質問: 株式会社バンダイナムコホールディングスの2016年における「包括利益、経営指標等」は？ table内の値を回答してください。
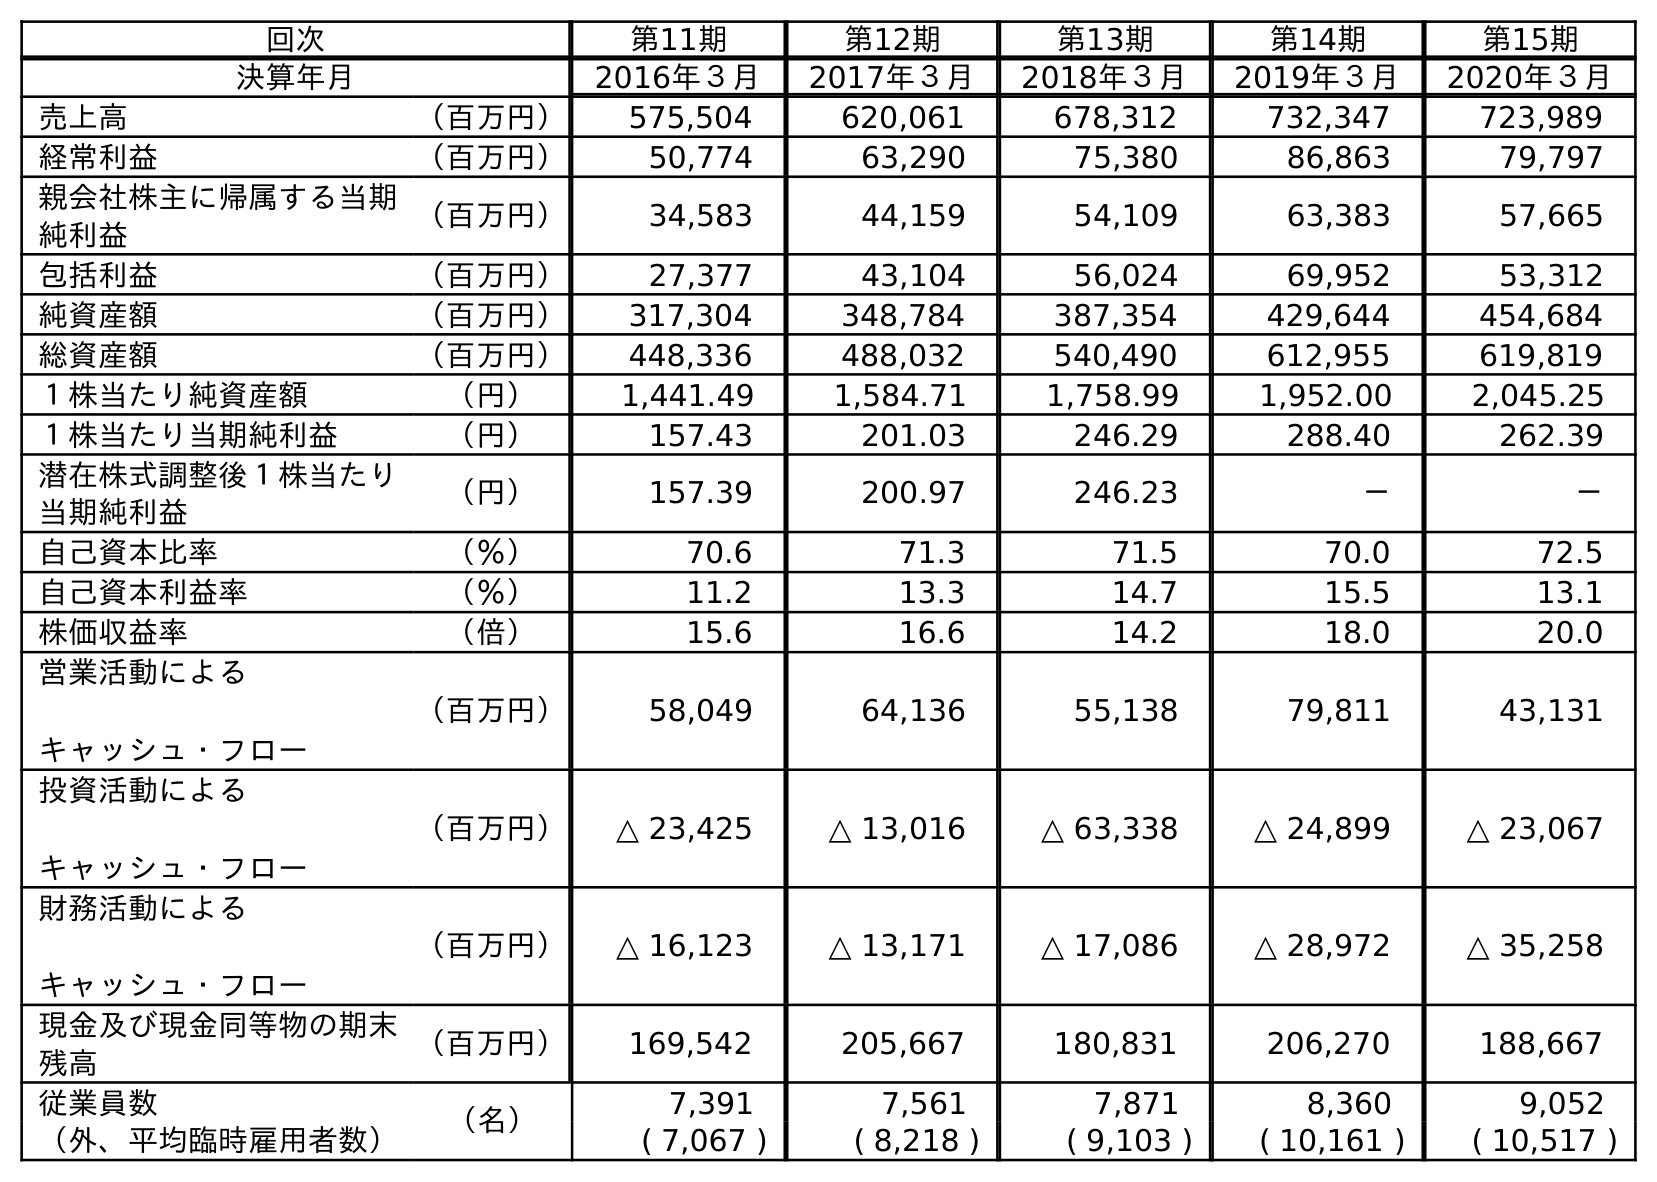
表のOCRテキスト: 回次 第11期 第12期 第13期 第14期 第15期 決算年月 2016年３月 2017年３月 2018年３月 2019年３月 2020年３月 売上高 （百万円） 575,504 620,061 678,312 732,347 723,989 経常利益 （百万円） 50,774 63,290 75,380 86,863 79,797 親会社株主に帰属する当期 純利益 （百万円） 34,583 44,159 54,109 63,383 57,665 包括利益 （百万円） 27,377 43,104 56,024 69,952 53,312 純資産額 （百万円） 317,304 348,784 387,354 429,644 454,684 総資産額 （百万円） 448,336 488,032 540,490 612,955 619,819 １株当たり純資産額 （円） 1,441.49 1,584.71 1,758.99 1,952.00 2,045.25 １株当たり当期純利益 （円） 157.43 201.03 246.29 288.40 262.39 潜在株式調整後１株当たり 当期純利益 （円） 157.39 200.97 246.23 － － 自己資本比率 （％） 70.6 71.3 71.5 70.0 72.5 自己資本利益率 （％） 11.2 13.3 14.7 15.5 13.1 株価収益率 （倍） 15.6 16.6 14.2 18.0 20.0 営業活動による キャッシュ・フロー （百万円） 58,049 64,136 55,138 79,811 43,131 投資活動による キャッシュ・フロー （百万円） △ 23,425 △ 13,016 △ 63,338 △ 24,899 △ 23,067 財務活動による キャッシュ・フロー （百万円） △ 16,123 △ 13,171 △ 17,086 △ 28,972 △ 35,258 現金及び現金同等物の期末 残高 （百万円） 169,542 205,667 180,831 206,270 188,667 従業員数 （名） 7,391 7,561 7,871 8,360 9,052 （外、平均臨時雇用者数） ( 7,067 ) ( 8,218 ) ( 9,103 ) ( 10,161 ) ( 10,517 )
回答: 27,377